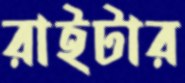
রাইটার